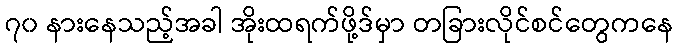
၇၀ နားနေသည့်အခါ အိုးထရက်ဖို့ဒ်မှာ တခြားလိုင်စင်တွေကနေ